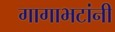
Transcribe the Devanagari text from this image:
गागाभटांनी